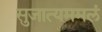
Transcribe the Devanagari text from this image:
सुजात्यममलं